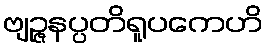
ဗျဉ္ဇနပ္ပတိရူပကေဟိ